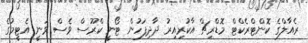
ރެއާލްގެ ކޮންޓްރެކްޓް މޮޑްރިޗް އާކުރިއިރު ދާދިފަހުން ޓޯނީ ކްރޫސް ވެސް ވަނީ އެޓީމުގެ